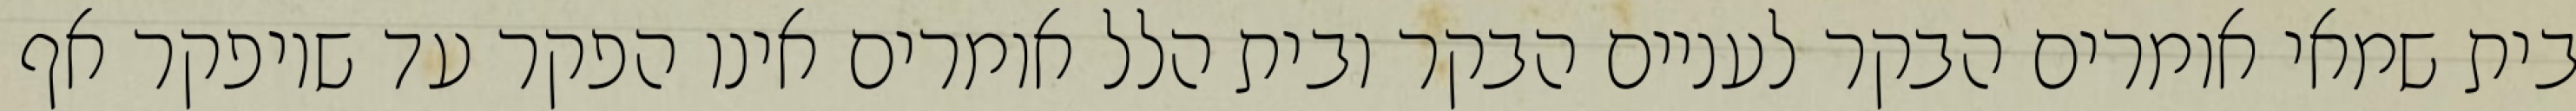
בית שמאי אומרים הבקר לעניים הבקר ובית הלל אומרים אינו הפקר עד שיופקר אף